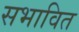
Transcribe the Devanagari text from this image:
सभावित